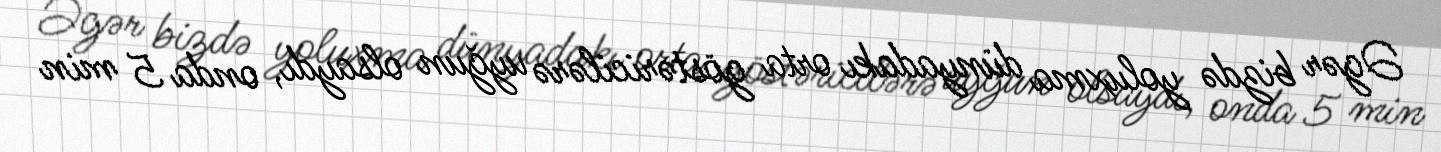
Əgər bizdə yoluxma dünyadakı orta göstəricilərə uyğun olsaydı, onda 5 min